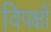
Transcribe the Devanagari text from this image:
विपक्षों